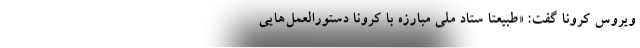
ویروس کرونا گفت: «طبیعتا ستاد ملی مبارزه با کرونا دستورالعمل‌هایی